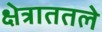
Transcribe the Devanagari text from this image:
क्षेत्राततले